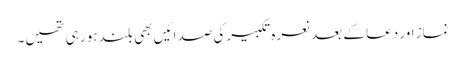
نماز اور دعا کے بعد نعرہ تکبیر کی صدائیں بھی بلند ہو رہی تھیں۔